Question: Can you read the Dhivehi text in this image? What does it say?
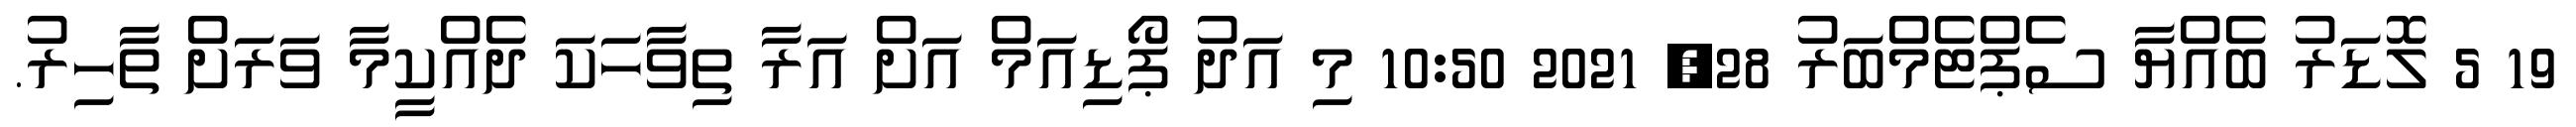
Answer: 19 5 ލޮޑަރު ބެއްޔާ ސެޕްޓެމްބަރު 28, 2021 10:50 މި އަދު ޕޯޑިއަމް އަށް އަރާ ތިވާހަކަ ދެއްކީމާ ވަރަށް ތާހިރު.